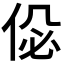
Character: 𠉘